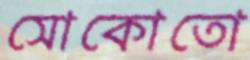
সোকোতো